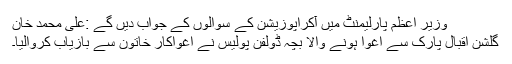
وزیر اعظم پارلیمنٹ میں آکراپوزیشن کے سوالوں کے جواب دیں گے :علی محمد خان
گلشن اقبال پارک سے اغوا ہونے والا بچہ ڈولفن پولیس نے اغواکار خاتون سے بازیاب کروالیا۔